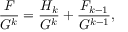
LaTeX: { \frac { F } { G ^ { k } } } = { \frac { H _ { k } } { G ^ { k } } } + { \frac { F _ { k - 1 } } { G ^ { k - 1 } } } ,